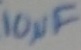
Text: 10µF